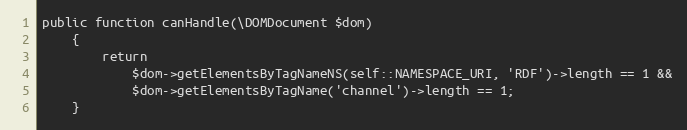
Language: PHP
public function canHandle(\DOMDocument $dom)
    {
        return
            $dom->getElementsByTagNameNS(self::NAMESPACE_URI, 'RDF')->length == 1 &&
            $dom->getElementsByTagName('channel')->length == 1;
    }